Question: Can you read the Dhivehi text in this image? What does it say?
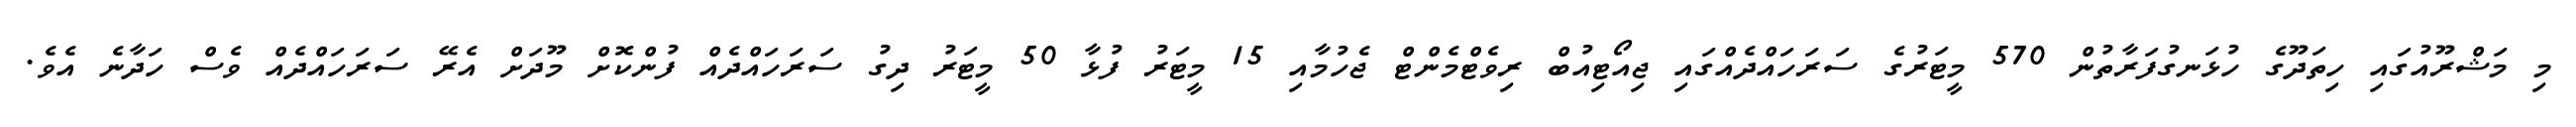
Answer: މި މަޝްރޫއުގައި ހިތަދޫގެ ހުޅަނގުފަރާތުން 570 މީޓަރުގެ ސަރަހައްދެއްގައި ޖިއޯޓިއުބް ރިވެޓްމެންޓް ޖެހުމާއި 15 މީޓަރު ފުޅާ 50 މީޓަރު ދިގު ސަރަހައްދެއް ފުންކޮށް މޫދަށް އެރޭ ސަރަހައްދެއް ވެސް ހަދާނެ އެވެ.